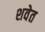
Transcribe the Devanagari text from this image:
शवेत